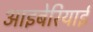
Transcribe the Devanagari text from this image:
आइबेरियाई